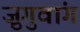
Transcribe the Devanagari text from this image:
ज़ुगुवांग